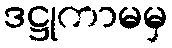
ဒဋ္ဌုကာမမှ